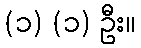
(၁) (၁) ဦး။